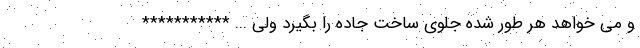
و می خواهد هر طور شده جلوی ساخت جاده را بگیرد ولی ... ***********